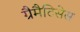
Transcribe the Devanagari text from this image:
ग्रैमैटिसेस